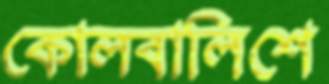
কোলবালিশে